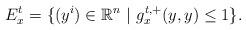
LaTeX: \begin{align*}E_{x}^{t}=\{(y^{i})\in \mathbb{R}^{n}~|~g_{x}^{t,+}(y,y)\leq 1\}.\end{align*}